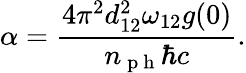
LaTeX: \alpha=\frac{4\pi^{2}d_{12}^{2}\omega_{12}g(0)}{n_{\mathrm{~p~h~}}\hbar c}.